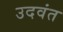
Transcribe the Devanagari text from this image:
उदवंत